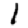
Digit: 1